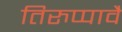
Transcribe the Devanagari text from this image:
तिरुप्पावै